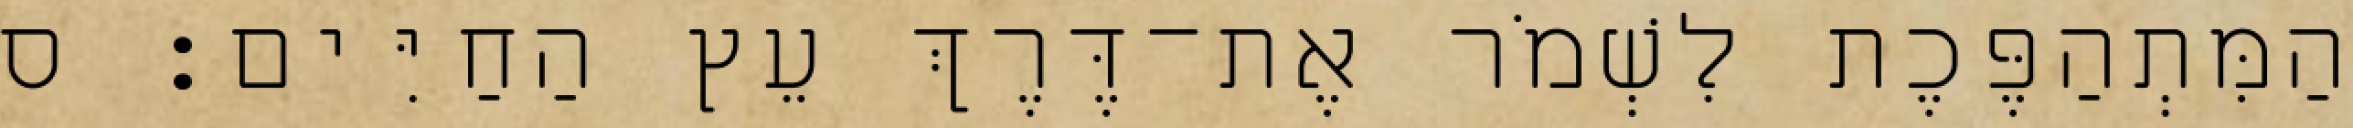
הַמִּתְהַפֶּכֶת לִשְׁמֹר אֶת־דֶּרֶךְ עֵץ הַחַיִּים׃ ס